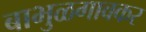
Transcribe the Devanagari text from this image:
बाभुळगावकर